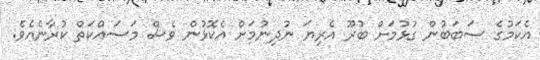
އެކަމުގެ ސަބަބުން ގުޅުމަށް ބުރޫ އެރިޔަ ނުދިނުމަށް އެކޮޅުން ވެސް މަސައްކަތް ކުރާނެއެވެ.